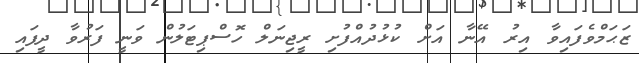
ޒަޙަމްވެފައިވާ އިރު އޭނާ އަށް ކުޅުދުއްފުށި ރީޖިނަލް ހޮސްޕިޓަލުން ވަނީ ފަރުވާ ދީފައި